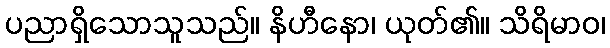
ပညာရှိသောသူသည်။ နိဟီနော၊ ယုတ်၏။ သိရိမာဝ၊